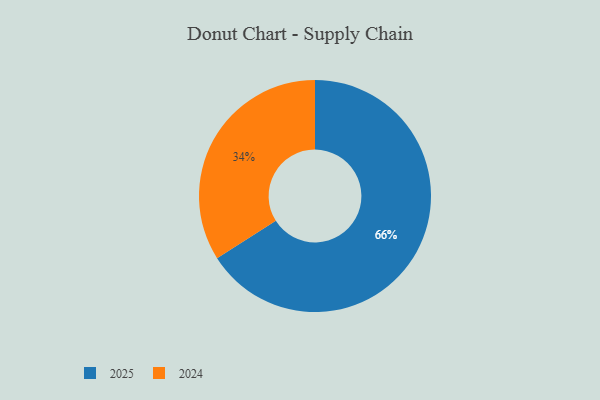
{"axis": {"x": "Category", "y": "Percentage"}, "legend": ["2024", "2025"], "data": [{"x": "2025", "y": 66, "type": "2025"}, {"x": "2024", "y": 34, "type": "2024"}]}